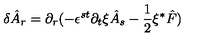
\delta \hat { A } _ { r } = \partial _ { r } ( - \epsilon ^ { s t } \partial _ { t } \xi \hat { A } _ { s } - \frac { 1 } { 2 } \xi { ^ \ast } \hat { F } )